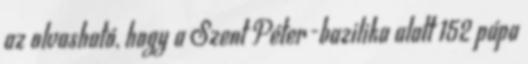
az olvasható, hogy a Szent Péter-bazilika alatt 152 pápa